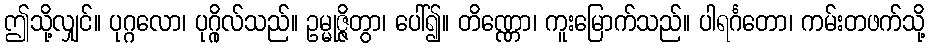
ဤသို့လျှင်။ ပုဂ္ဂလော၊ ပုဂ္ဂိုလ်သည်။ ဥမ္မုဇ္ဇိတွာ၊ ပေါ်၍။ တိဏ္ဏော၊ ကူးမြောက်သည်။ ပါရင်္ဂတော၊ ကမ်းတဖက်သို့